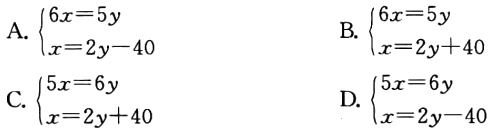
A. $\begin{cases}6x = 5y\\x = 2y - 40\end{cases}$

B. $\begin{cases}6x = 5y\\x = 2y + 40\end{cases}$

C. $\begin{cases}5x = 6y\\x = 2y + 40\end{cases}$

D. $\begin{cases}5x = 6y\\x = 2y - 40\end{cases}$